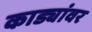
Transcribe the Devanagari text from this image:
काड्यांवर